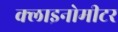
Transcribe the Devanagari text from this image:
क्लाइनोमीटर